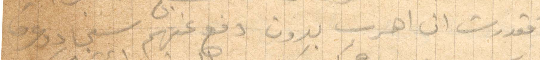
فقدرت ان اهرب بدون دفع عنهم سجاد وعرق